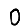
Digit: 0